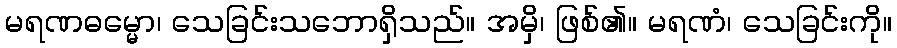
မရဏဓမ္မော၊ သေခြင်းသဘောရှိသည်။ အမှိ၊ ဖြစ်၏။ မရဏံ၊ သေခြင်းကို။